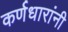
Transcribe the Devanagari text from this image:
कर्णधारांनी